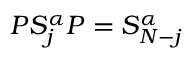
P S _ { j } ^ { \alpha } P = S _ { N - j } ^ { \alpha }